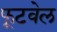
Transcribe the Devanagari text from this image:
फूटवेल